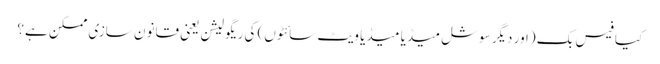
کیا فیس بک (اور دیگر سوشل میڈیا میڈیا ویٹ سائٹوں) کی ریگولیشن یعنی قانون سازی ممکن ہے؟